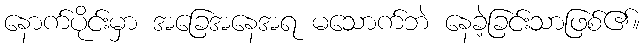
နောက်ပိုင်းမှာ အခြေအနေအရ မသောက်ဘဲ နေခဲ့ခြင်းသာဖြစ်၏။